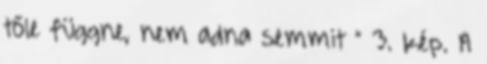
tőle függne, nem adna semmit ” 3. kép. A